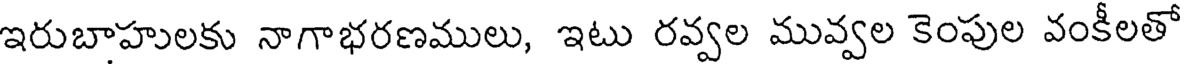
ఇరుబాహులకు నాగాభరణములు, ఇటు రవ్వల మువ్వల కెంపుల వంకీలతో